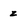
Character: z